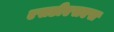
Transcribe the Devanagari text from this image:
एसडीएसएस